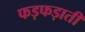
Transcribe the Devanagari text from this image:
फड़फड़ाती